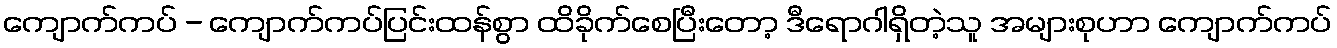
ကျောက်ကပ် - ကျောက်ကပ်ပြင်းထန်စွာ ထိခိုက်စေပြီးတော့ ဒီရောဂါရှိတဲ့သူ အများစုဟာ ကျောက်ကပ်